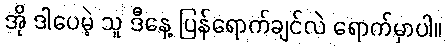
အို ဒါပေမဲ့ သူ ဒီနေ့ ပြန်ရောက်ချင်လဲ ရောက်မှာပါ။